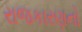
રાજકારણનો